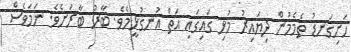
ހަށިގަނޑު ތެމެމުން ދިޔައިރު މުޅި ގައިގައި އަތް އުނގުޅީމެވެ. ބާރު ބާރަށެވެ. ނަމަވެސް